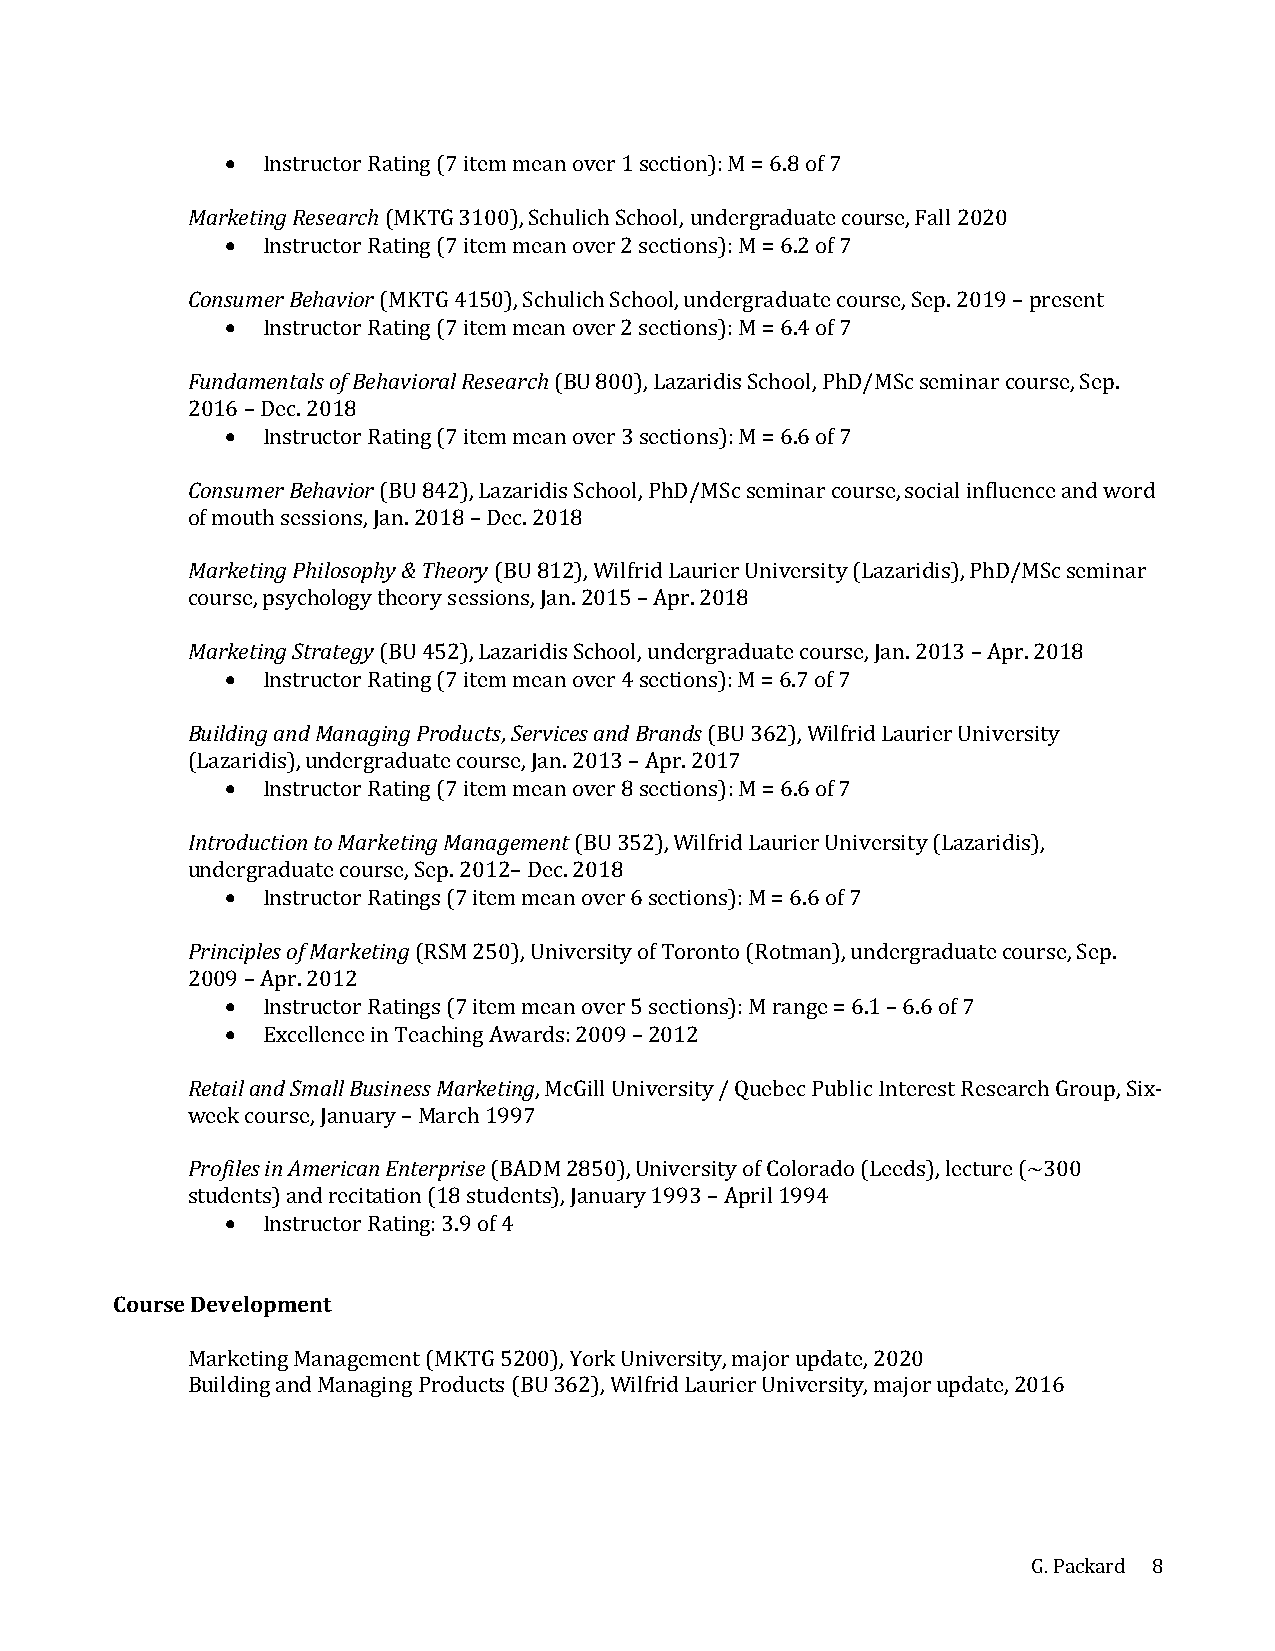
• Instructor Rating (7 item mean over 1 section): M = 6.8 of 7
 Marketing Research (MKTG 3100), Schulich School, undergraduate course, Fall 2020
 • Instructor Rating (7 item mean over 2 sections): M = 6.2 of 7
 Consumer Behavior (MKTG 4150), Schulich School, undergraduate course, Sep. 2019 – present
 • Instructor Rating (7 item mean over 2 sections): M = 6.4 of 7
 Fundamentals of Behavioral Research (BU 800), Lazaridis School, PhD/MSc seminar course, Sep.
 2016 – Dec. 2018
 • Instructor Rating (7 item mean over 3 sections): M = 6.6 of 7
 Consumer Behavior (BU 842), Lazaridis School, PhD/MSc seminar course, social influence and word
 of mouth sessions, Jan. 2018 – Dec. 2018
 Marketing Philosophy & Theory (BU 812), Wilfrid Laurier University (Lazaridis), PhD/MSc seminar
 course, psychology theory sessions, Jan. 2015 – Apr. 2018
 Marketing Strategy (BU 452), Lazaridis School, undergraduate course, Jan. 2013 – Apr. 2018
 • Instructor Rating (7 item mean over 4 sections): M = 6.7 of 7
 Building and Managing Products, Services and Brands (BU 362), Wilfrid Laurier University
 (Lazaridis), undergraduate course, Jan. 2013 – Apr. 2017
 • Instructor Rating (7 item mean over 8 sections): M = 6.6 of 7
 Introduction to Marketing Management (BU 352), Wilfrid Laurier University (Lazaridis),
 undergraduate course, Sep. 2012– Dec. 2018
 • Instructor Ratings (7 item mean over 6 sections): M = 6.6 of 7
 Principles of Marketing (RSM 250), University of Toronto (Rotman), undergraduate course, Sep.
 2009 – Apr. 2012
 • Instructor Ratings (7 item mean over 5 sections): M range = 6.1 – 6.6 of 7
 • Excellence in Teaching Awards: 2009 – 2012
 Retail and Small Business Marketing, McGill University / Quebec Public Interest Research Group, Six-
 week course, January – March 1997
 Profiles in American Enterprise (BADM 2850), University of Colorado (Leeds), lecture (~300
 students) and recitation (18 students), January 1993 – April 1994
 • Instructor Rating: 3.9 of 4
 Course Development
 Marketing Management (MKTG 5200), York University, major update, 2020
 Building and Managing Products (BU 362), Wilfrid Laurier University, major update, 2016
 G. Packard 8